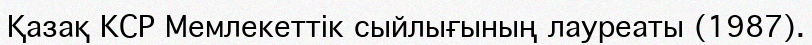
Қазақ КСР Мемлекеттік сыйлығының лауреаты (1987).